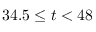
3 4 . 5 \leq t < 4 8